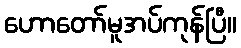
ဟောတော်မူအပ်ကုန်ပြီ။